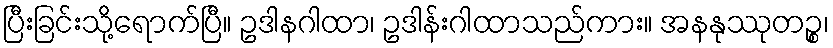
ပြီးခြင်းသို့ရောက်ပြီ။ ဥဒါနဂါထာ၊ ဥဒါန်းဂါထာသည်ကား။ အနနုဿုတဉ္စ၊